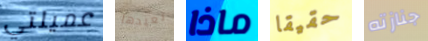
عميلتي نعيدها ماذا حقيقا جنازته